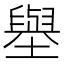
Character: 𡒊